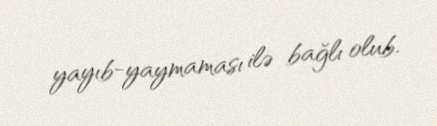
yayıb-yaymaması ilə bağlı olub.